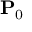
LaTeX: \mathbf { P } _ { 0 }